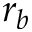
r _ { b }